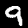
Label: 9